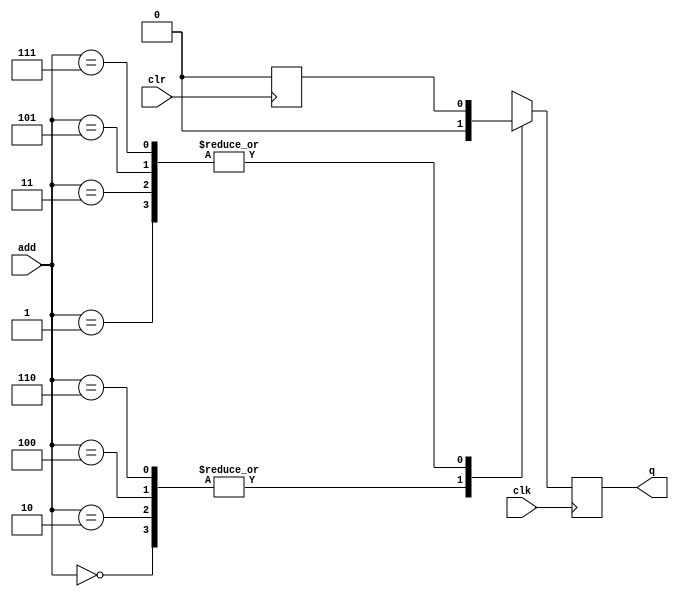
// Modulo rom de 8 direcciones con memoria de N bits
module rom8 #(parameter N = 1)(input clk, clr,
                               input [3-1:0] add,
                               output reg [N-1:0] q
    );

  //creo el registro de N bits para almacenar 8 direcciones
  reg [N-1:0] rom [0:8-1];
  
  //logica secuancial
  always @(posedge clk) 
    begin
    q <= rom[add];
    end
  
  //logica combinacional
  always @(posedge clr)
    begin 
      rom[0] = 0; 
      rom[1] = 0;
      rom[2] = 0;
      rom[3] = 0;
      rom[4] = 0; 
      rom[5] = 0;
      rom[6] = 0;
      rom[7] = 0;
    end 
  
  


  //Inicializacion de la memoria con valores arbitrarios
  initial begin
    rom[0] = 8; 
    rom[1] = 7;
    rom[2] = 6;
    rom[3] = 5;
    rom[4] = 4; 
    rom[5] = 3;
    rom[6] = 2;
    rom[7] = 1;
  end
  
  
endmodule